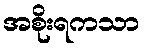
အစိုးရကသာ